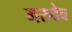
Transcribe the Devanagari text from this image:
मरुदेव